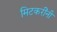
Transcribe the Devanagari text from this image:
मिटकरींनी